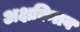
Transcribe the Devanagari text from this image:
अक्षकितव